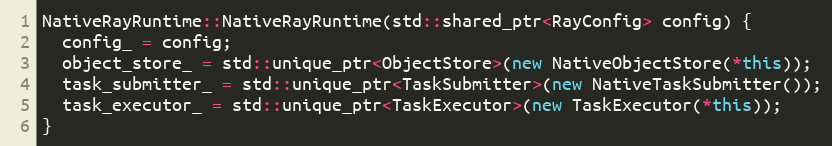
Language: C++
NativeRayRuntime::NativeRayRuntime(std::shared_ptr<RayConfig> config) {
  config_ = config;
  object_store_ = std::unique_ptr<ObjectStore>(new NativeObjectStore(*this));
  task_submitter_ = std::unique_ptr<TaskSubmitter>(new NativeTaskSubmitter());
  task_executor_ = std::unique_ptr<TaskExecutor>(new TaskExecutor(*this));
}